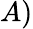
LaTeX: A)